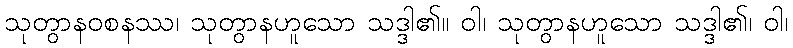
သုတွာနဝစနဿ၊ သုတွာနဟူသော သဒ္ဒါ၏။ ဝါ၊ သုတွာနဟူသော သဒ္ဒါ၏၊ ဝါ၊